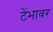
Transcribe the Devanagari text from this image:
टेंभावर